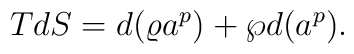
TdS=d(\varrho a^p)+\wp d(a^p).